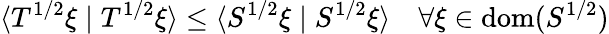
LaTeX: \langle T^{1/2}\xi\mid T^{1/2}\xi\rangle\leq\langle S^{1/2}\xi\mid S^{1/2}\xi\rangle\quad\forall\xi\in\operatorname{dom}(S^{1/2})